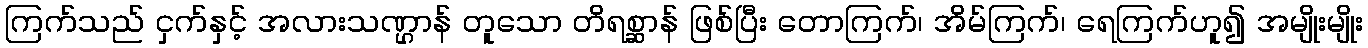
ကြက်သည် ငှက်နှင့် အလားသဏ္ဌာန် တူသော တိရစ္ဆာန် ဖြစ်ပြီး တောကြက်၊ အိမ်ကြက်၊ ရေကြက်ဟူ၍ အမျိုးမျိုး